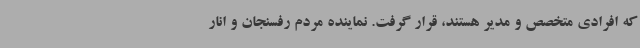
که افرادی متخصص و مدیر هستند، قرار گرفت. نماینده مردم رفسنجان و انار